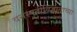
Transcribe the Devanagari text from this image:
वनस्पतीविज्ञानाच्या